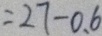
= 2 7 - 0 . 6